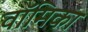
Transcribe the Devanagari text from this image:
वॉमिका